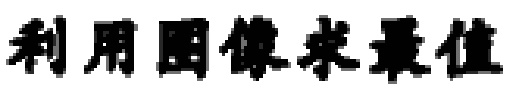
利用图像求最值